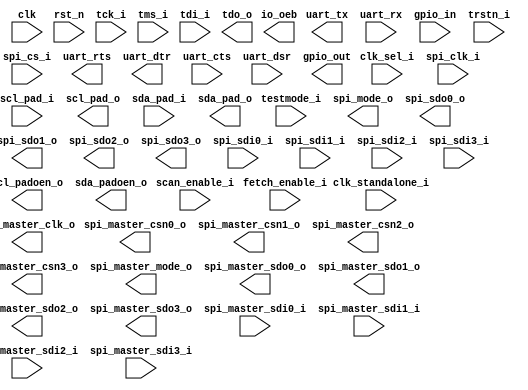
// This program was cloned from: https://github.com/idea-fasoc/openfasoc-tapeouts
// License: Apache License 2.0

module pulpino_top (
  // Clock and Reset
  input                clk,
  input                rst_n,

  input                clk_sel_i,
  input                clk_standalone_i,
  input                testmode_i,
  input                fetch_enable_i,
  input                scan_enable_i,

  //SPI Slave
  input                spi_clk_i,
  input                spi_cs_i,
  output  [1:0]        spi_mode_o,
  output               spi_sdo0_o,
  output               spi_sdo1_o,
  output               spi_sdo2_o,
  output               spi_sdo3_o,
  input                spi_sdi0_i,
  input                spi_sdi1_i,
  input                spi_sdi2_i,
  input                spi_sdi3_i,

  //SPI Master
  output               spi_master_clk_o,
  output               spi_master_csn0_o,
  output               spi_master_csn1_o,
  output               spi_master_csn2_o,
  output               spi_master_csn3_o,
  output  [1:0]        spi_master_mode_o,
  output               spi_master_sdo0_o,
  output               spi_master_sdo1_o,
  output               spi_master_sdo2_o,
  output               spi_master_sdo3_o,
  input                spi_master_sdi0_i,
  input                spi_master_sdi1_i,
  input                spi_master_sdi2_i,
  input                spi_master_sdi3_i,

  input                scl_pad_i,
  output               scl_pad_o,
  output               scl_padoen_o,
  input                sda_pad_i,
  output               sda_pad_o,
  output               sda_padoen_o,

  output               uart_tx,
  input                uart_rx,
  output               uart_rts,
  output               uart_dtr,
  input                uart_cts,
  input                uart_dsr,

  input         [31:0] gpio_in,
  output        [31:0] gpio_out,
  // output        [31:0] gpio_dir,
  // output       [191:0] gpio_padcfg,

  // JTAG signals
  input                tck_i,
  input                trstn_i,
  input                tms_i,
  input                tdi_i,
  output               tdo_o,

  // PULPino specific pad config
  // output       [191:0] pad_cfg_o,
  // output        [31:0] pad_mux_o,

  // drive low to enable output
  output        [32:0] io_oeb
);

endmodule